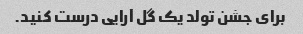
برای جشن تولد یک گل آرایی درست کنید.